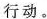
行动。